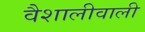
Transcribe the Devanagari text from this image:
वैशालीवाली